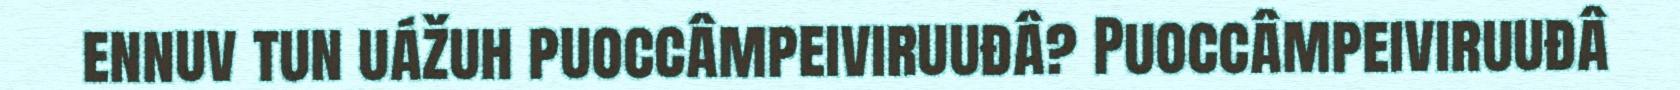
ennuv tun uážuh puoccâmpeiviruuđâ? Puoccâmpeiviruuđâ